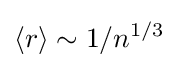
\langle r\rangle \sim 1/n^{1/3}